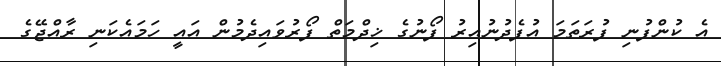
އެ ކުންފުނި ފުރަތަމަ އުފެދުނުއިރު ފޯނުގެ ޚިދްމަތް ފޯރުވައިދެމުން އައީ ހަމައެކަނި ރާއްޖޭގެ